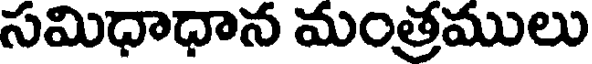
సమిధాధాన మంత్రములు